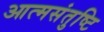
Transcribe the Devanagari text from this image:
आत्मसंतुष्टि